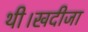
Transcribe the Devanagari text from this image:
थी।खदीजा